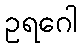
ဥရဂေါ